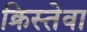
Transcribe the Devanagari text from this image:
क्रिस्तेवा